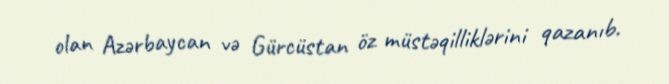
olan Azərbaycan və Gürcüstan öz müstəqilliklərini qazanıb.